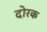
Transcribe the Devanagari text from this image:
दोरक